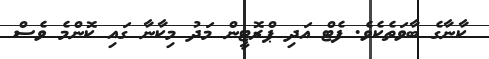
ކާނާގެ ބާވަތެކެވެ. ފެޓް އަދި ޕްރޮޓީން މަދު މިކާނާ ގައި ކޮންމެ ވެސް